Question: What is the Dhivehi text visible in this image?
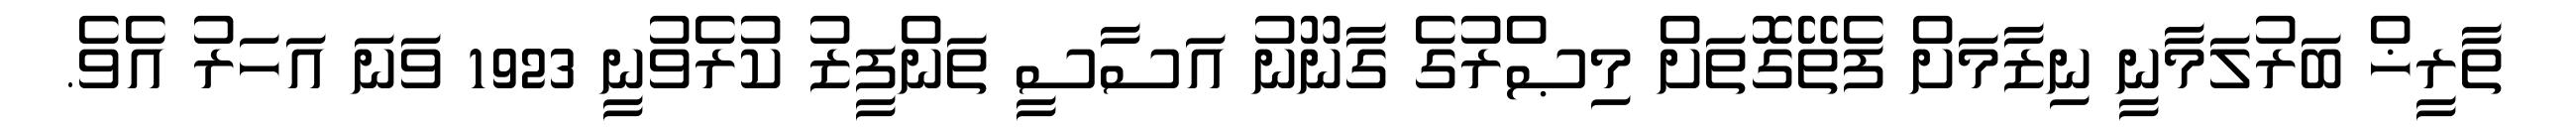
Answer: ތާރީޚް ބަރުލަމާނީ ނިޒާމަށް ފެތޭގޮތަށް މިޞްރުގެ ގާނޫނު އަސާސީ ތަންފީޒު ކުރެވުނީ 1923 ވަނަ އަހަރު އެވެ.